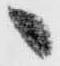
へ